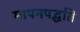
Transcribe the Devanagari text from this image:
मापनपद्धति